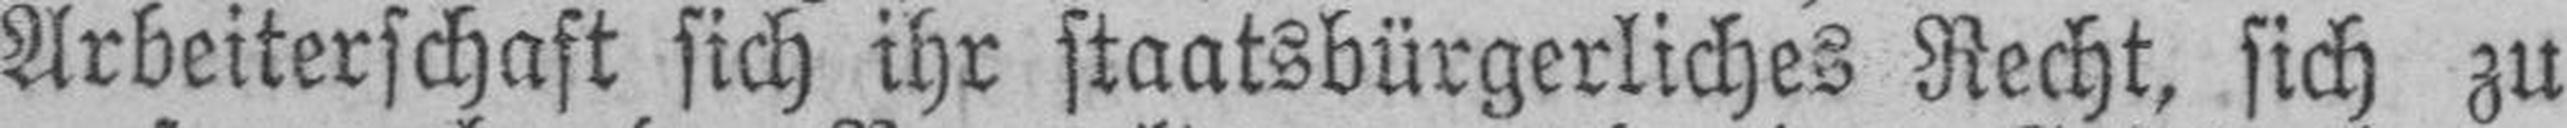
Arbeiterschaft sich ihr staatsbürgerliches Recht, sich zu